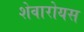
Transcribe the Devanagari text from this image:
शेवारोयस